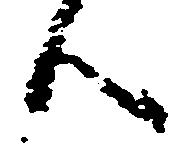
つ